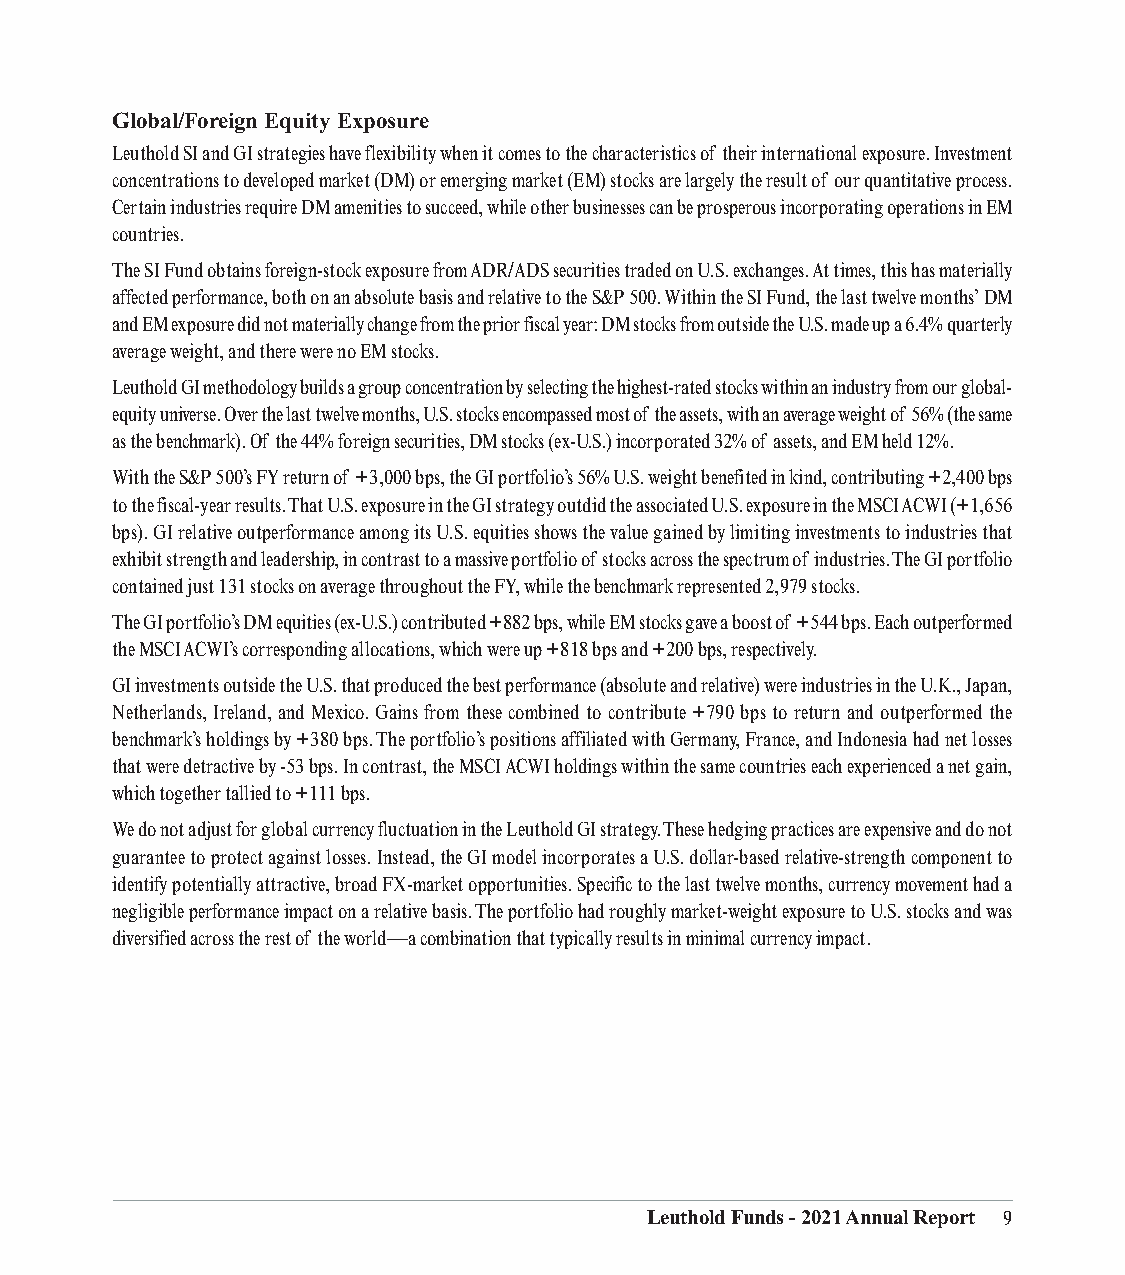
Global/Foreign Equity Exposure
 Leuthold SI and GI strategies have flexibility when it comes to the characteristics of their international exposure. Investment
 concentrations to developed market (DM) or emerging market (EM) stocks are largely the result of our quantitative process.
 Certain industries require DM amenities to succeed, while other businesses can be prosperous incorporating operations in EM
 countries.
 The SI Fund obtains foreign-stock exposure from ADR/ADS securities traded on U.S. exchanges. At times, this has materially
 affected performance, both on an absolute basis and relative to the S&P 500. Within the SI Fund, the last twelve months’ DM
 and EM exposure did not materially change from the prior fiscal year: DM stocks from outside the U.S. made up a 6.4% quarterly
 average weight, and there were no EM stocks.
 Leuthold GI methodology builds a group concentration by selecting the highest-rated stocks within an industry from our global-
 equity universe. Over the last twelve months, U.S. stocks encompassed most of the assets, with an average weight of 56% (the same
 as the benchmark). Of the 44% foreign securities, DM stocks (ex-U.S.) incorporated 32% of assets, and EM held 12%.
 With the S&P 500’s FY return of +3,000 bps, the GI portfolio’s 56% U.S. weight benefited in kind, contributing +2,400 bps
 to the fiscal-year results. That U.S. exposure in the GI strategy outdid the associated U.S. exposure in the MSCI ACWI (+1,656
 bps). GI relative outperformance among its U.S. equities shows the value gained by limiting investments to industries that
 exhibit strength and leadership, in contrast to a massive portfolio of stocks across the spectrum of industries. The GI portfolio
 contained just 131 stocks on average throughout the FY, while the benchmark represented 2,979 stocks.
 The GI portfolio’s DM equities (ex-U.S.) contributed +882 bps, while EM stocks gave a boost of +544 bps. Each outperformed
 the MSCI ACWI’s corresponding allocations, which were up +818 bps and +200 bps, respectively.
 GI investments outside the U.S. that produced the best performance (absolute and relative) were industries in the U.K., Japan,
 Netherlands, Ireland, and Mexico. Gains from these combined to contribute +790 bps to return and outperformed the
 benchmark’s holdings by +380 bps. The portfolio’s positions affiliated with Germany, France, and Indonesia had net losses
 that were detractive by -53 bps. In contrast, the MSCI ACWI holdings within the same countries each experienced a net gain,
 which together tallied to +111 bps.
 We do not adjust for global currency fluctuation in the Leuthold GI strategy. These hedging practices are expensive and do not
 guarantee to protect against losses. Instead, the GI model incorporates a U.S. dollar-based relative-strength component to
 identify potentially attractive, broad FX-market opportunities. Specific to the last twelve months, currency movement had a
 negligible performance impact on a relative basis. The portfolio had roughly market-weight exposure to U.S. stocks and was
 diversified across the rest of the world—a combination that typically results in minimal currency impact.
 Leuthold Funds - 2021 Annual Report 9